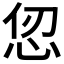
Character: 𪫫